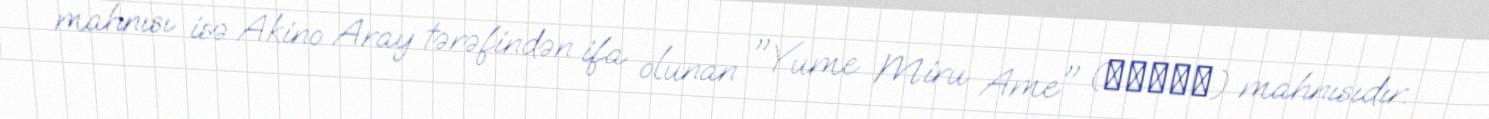
mahnısı isə Akino Aray tərəfindən ifa olunan "Yume Miru Ame" (ユメミル雨) mahnısıdır.